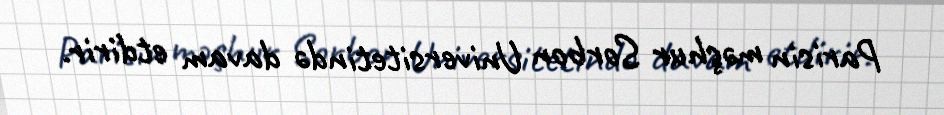
Parisin məşhur Sorbon Universitetində davam etdirir.